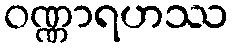
ဝဏ္ဏာရဟဿ